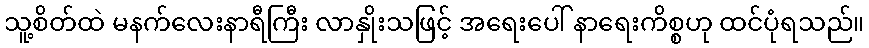
သူ့စိတ်ထဲ မနက်လေးနာရီကြီး လာနှိုးသဖြင့် အရေးပေါ် နာရေးကိစ္စဟု ထင်ပုံရသည်။